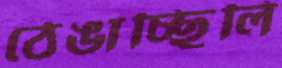
ঠেঙাচ্ছিলি